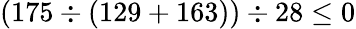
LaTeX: (175\div(129+163))\div 28\leq 0